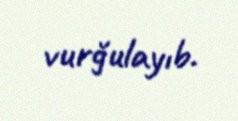
vurğulayıb.